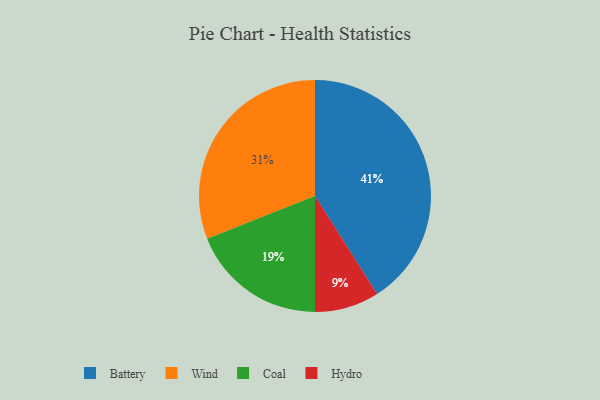
{"axis": {"x": "Category", "y": "Percentage"}, "legend": ["Battery", "Coal", "Hydro", "Wind"], "data": [{"x": "Battery", "y": 41, "type": "Battery"}, {"x": "Hydro", "y": 9, "type": "Hydro"}, {"x": "Coal", "y": 19, "type": "Coal"}, {"x": "Wind", "y": 31, "type": "Wind"}]}